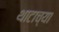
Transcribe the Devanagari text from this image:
थाटाच्या